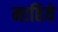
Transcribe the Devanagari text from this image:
माहिये